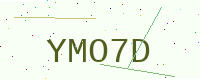
Text: YMO7D